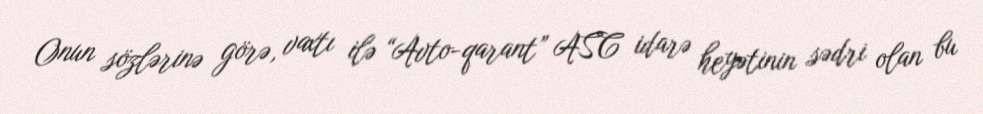
Onun sözlərinə görə, vaxtı ilə “Avto-qarant” ASC idarə heyətinin sədri olan bu